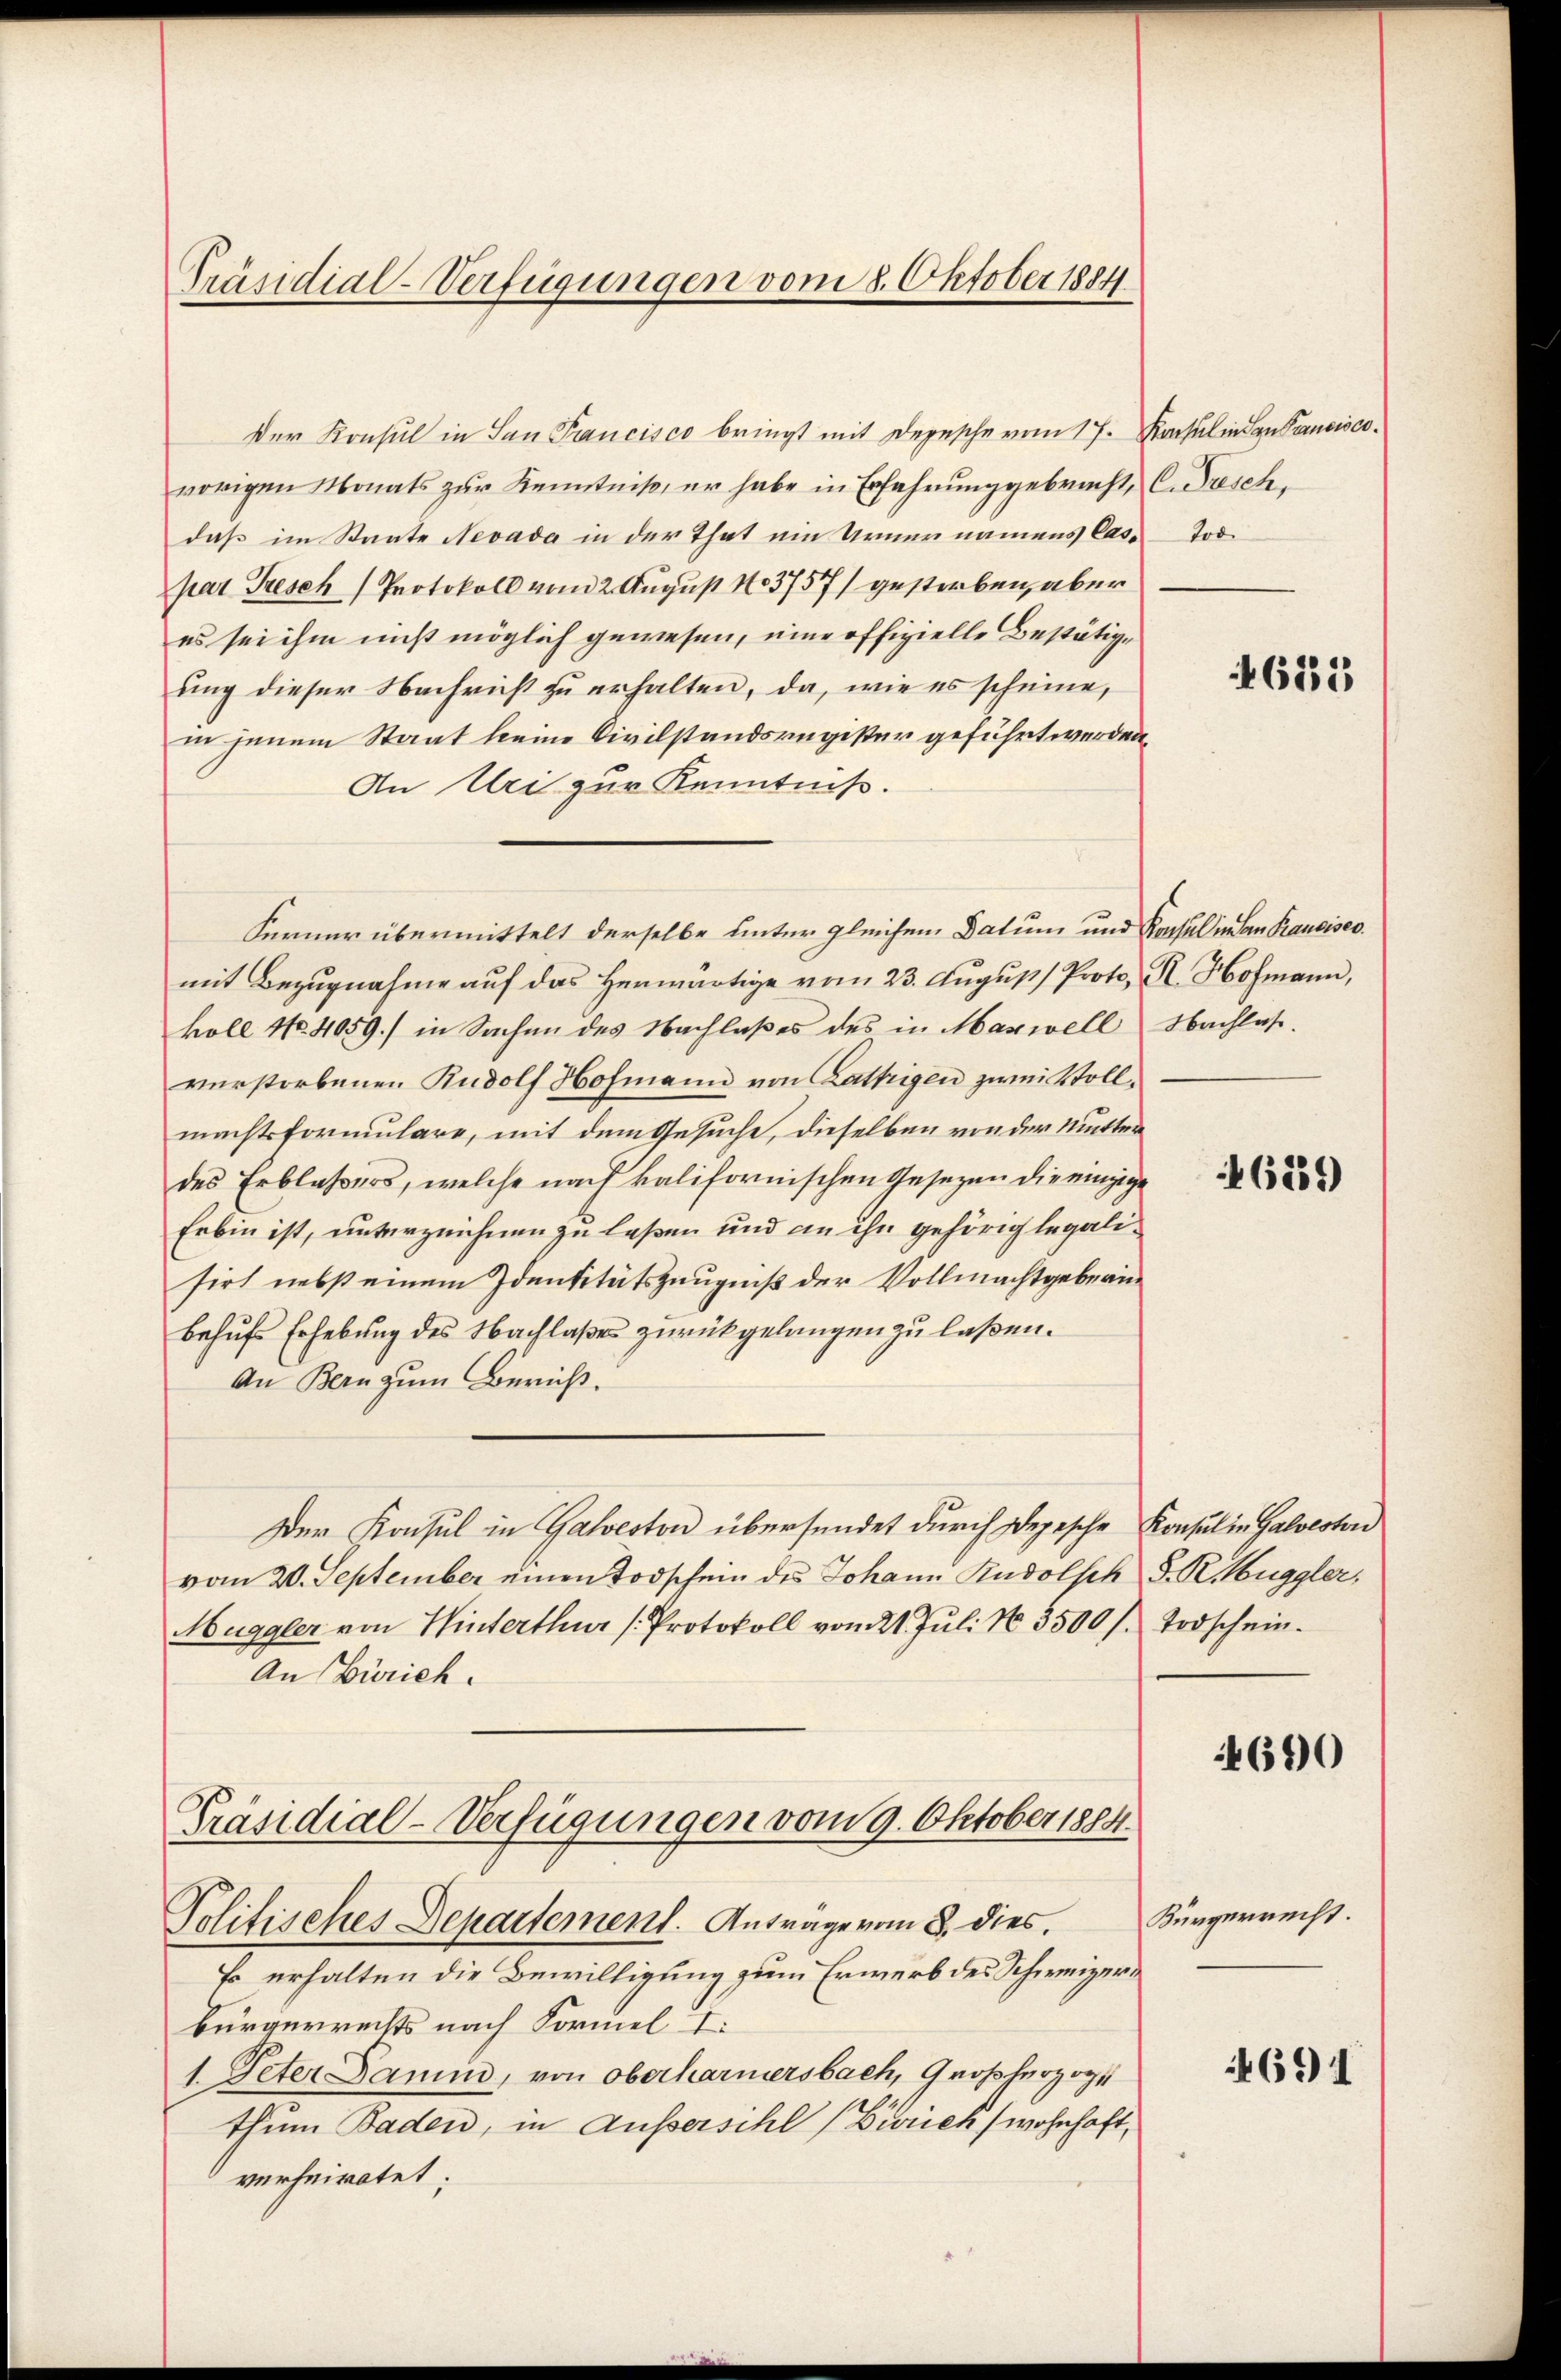
Präsidial-Verfügungen vom 8. Oktober 1884

Der Konsul in San Francisco bringt mit Depesche vom 17. Konsul in den Pancisco
vorigen Monats zur Kenntniß, er habe in Erfahrung gebracht,
daß im Staate Nevada in der That ein Urner namens Caspar Gresch Protokoll vom 2. August 103757) gestorben, aber
es sei ihm nicht möglich gewesen, eine offizielle Bestätige
ung dieser Nachricht zu erhalten, da, wie es scheine,
in jenem Staat keine Civilstandsregister geführt werden.
An Uri zur Kenntniß.
Ferner übermittelt derselbe unter gleichem Datum und Konsul in an Francises.
mit Bezugnahme auf das Herwärtige vom 23. August Protokoll No 4059.) in Sachen des Nachlaßes des in Mariell
verstorbenen Rudolf Hofmann von Lattrigen zwei Vollmachtsformulare, mit dem Gesuche, dieselben von der Mutter
des Erblassers, welche nach kalifornischen Gesezen die einzige
Erbin ist, unterzeichnen zu laßen und an ihn gehörig legalisirt nebst einem Identitätszeugniß der Vollmachtgeberin
behufs Erhebung des Nachlaßes zurückgelangen zu laßen.
An Bern zum Bericht.
Der Konsul in Galveston übersendet durch Depesche Konsul in Galvesten
vom 20. September einen Todschein des Johann Rudolsch S. R. Muggler,
Muggler von Winterthur (Protokoll vom 21. Jŭli No 3500 /. Todschein.
An Zürich.
Präsidial-Verfügungen vom 9. Oktober 1884.
Politisches Departement. Antrage vom 8. dies
Er erhalten die Bewilligung zum Erwerb des Schweizer¬
Bürgerrechts nach Formel I
1. Peter Damm, von oberharmersbach, Großherzog
thum Baden, in Aussersihl (Liviiek (wohnhaft,
verheiratet;

C. Pusch,
Tod.

4612

R. Hofmann,
Nachlaß.

46259)

690

Bürgerrecht.

691